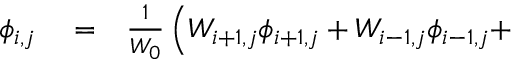
\begin{array} { r l r } { \phi _ { i , j } } & { { } = } & { \frac { 1 } { W _ { 0 } } \left( W _ { i + 1 , j } \phi _ { i + 1 , j } + W _ { i - 1 , j } \phi _ { i - 1 , j } + \right. } \end{array}